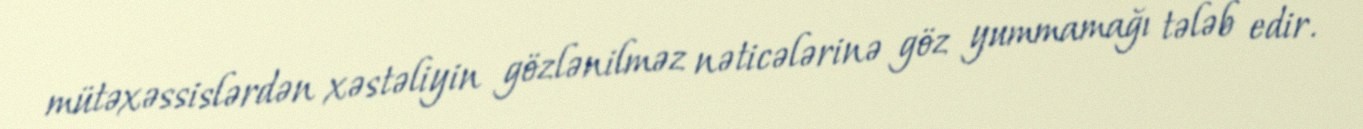
mütəxəssislərdən xəstəliyin gözlənilməz nəticələrinə göz yummamağı tələb edir.